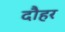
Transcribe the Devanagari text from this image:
दौहर